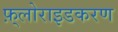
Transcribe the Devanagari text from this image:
फ़्लोराइडकरण